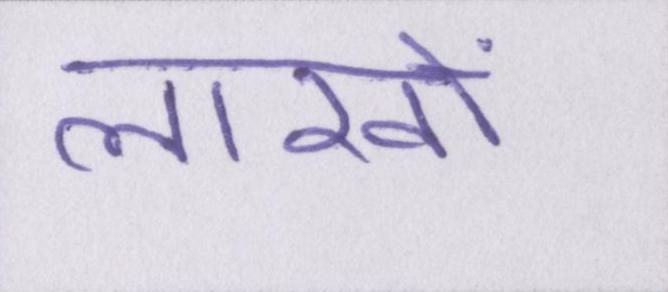
लाखों